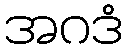
အဂဒံ